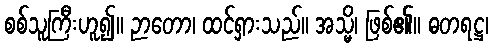
စစ်သူကြီးဟူ၍။ ဉာတော၊ ထင်ရှားသည်။ အသ္မိ၊ ဖြစ်၏။ ဓတရဋ္ဌ၊